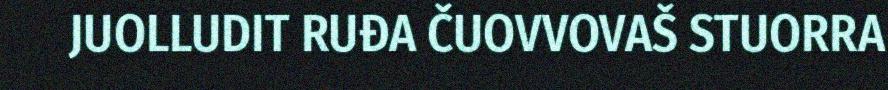
JUOLLUDIT RUĐA ČUOVVOVAŠ STUORRA